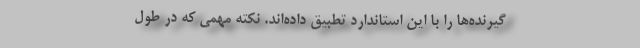
گیرنده‌ها را با این استاندارد تطبیق داده‌اند. نکته مهمی که در طول